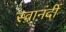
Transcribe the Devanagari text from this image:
स्वानंदीं